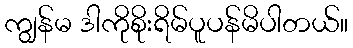
ကျွန်မ ဒါကိုစိုးရိမ်ပူပန်မိပါတယ်။